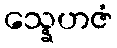
သ္နေဟဇံ